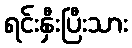
ရင်းနှီးပြီးသား